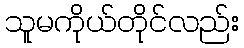
သူမကိုယ်တိုင်လည်း